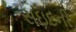
સઇદની